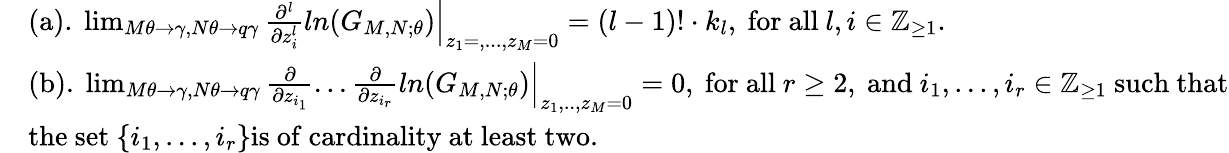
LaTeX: \begin{array}{rl}&{\mathrm{(a).}\ \operatorname*{lim}_{M\theta\rightarrow\gamma,N\theta\rightarrow q\gamma}\frac{\partial^{l}}{\partial z_{i}^{l}}ln(G_{M,N;\theta})\Bigr|_{z_{1}=,...,z_{M}=0}=(l-1)!\cdot k_{l},\ \mathrm{for}\ \mathrm{all}\ l,i\in\mathbb{Z}_{\ge 1}.}\\ &{\mathrm{(b).}\ \operatorname*{lim}_{M\theta\rightarrow\gamma,N\theta\rightarrow q\gamma}\frac{\partial}{\partial z_{i_{1}}}...\frac{\partial}{\partial z_{i_{r}}}ln(G_{M,N;\theta})\Bigr|_{z_{1},..,z_{M}=0}=0,\ \mathrm{for}\ \mathrm{all}\ r\ge 2,\ \mathrm{and}\ i_{1},...,i_{r}\in\mathbb{Z}_{\ge 1}\ \mathrm{such\ that}}\\ &{\mathrm{the\ set}\ \{ i_{1},...,i_{r}\} \mathrm{is\ of\ cardinality\ at\ least\ two}.}\end{array}